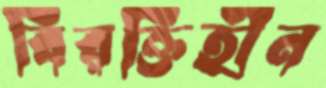
বিরক্তিহীন